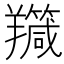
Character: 𦏣